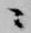
ニ